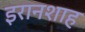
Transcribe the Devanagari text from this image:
इरानशाह